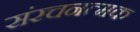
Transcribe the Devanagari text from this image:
संरचनत्मक